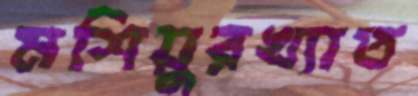
মশিয়ুরখ্যাত